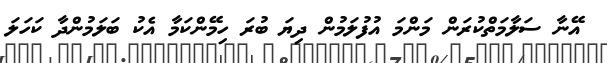
އޭނާ ސަލާމަތްކުރަން މަންމަ އުފުލަމުން ދިޔަ ބުރަ ހިމޭންކަމާ އެކު ބަލަމުންދާ ކަހަލަ